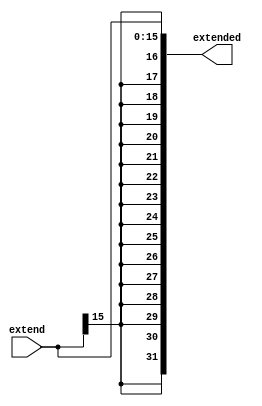
`timescale 1ns / 1ps
//////////////////////////////////////////////////////////////////////////////////
// Company: Universidad de Gualadajara
// 
// Design Name: Sign_extend
// Module Name: Sign_extend
// Project Name: Processor
// Target Devices: 
// Tool Versions: 
// Description: 
// 
// Dependencies: 
// 
// Revision:
// Revision 0.01 - File Created
// Additional Comments:
// 
//////////////////////////////////////////////////////////////////////////////////


module Sign_extend(
        input [15:0] extend,
        output reg [31:0] extended
    );
    
    always@*
    begin 
        extended[15:0]  = extend[15:0];
        extended[31:16] = {16{extend[15]}} ;
    end
endmodule